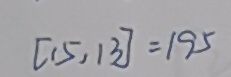
[ 1 5 , 1 3 ] = 1 9 5